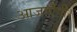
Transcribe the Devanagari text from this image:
आजाऐंगी।